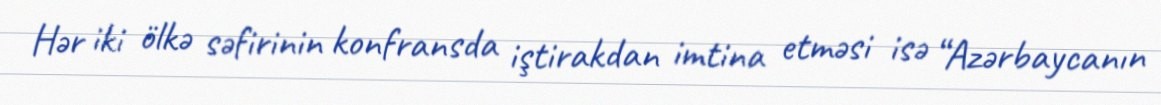
Hər iki ölkə səfirinin konfransda iştirakdan imtina etməsi isə “Azərbaycanın